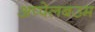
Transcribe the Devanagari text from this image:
अप्पेलबउम